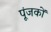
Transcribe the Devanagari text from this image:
पूंजकों